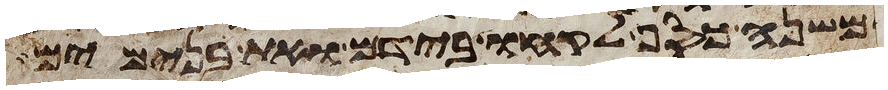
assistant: ומשנה כסף לקחו בידם ואת בנימים